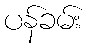
ပန်ခမ်း